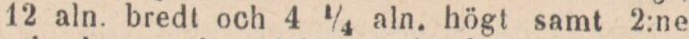
12 aln. bredt och 4 ¼ aln. högt samt 2:ne